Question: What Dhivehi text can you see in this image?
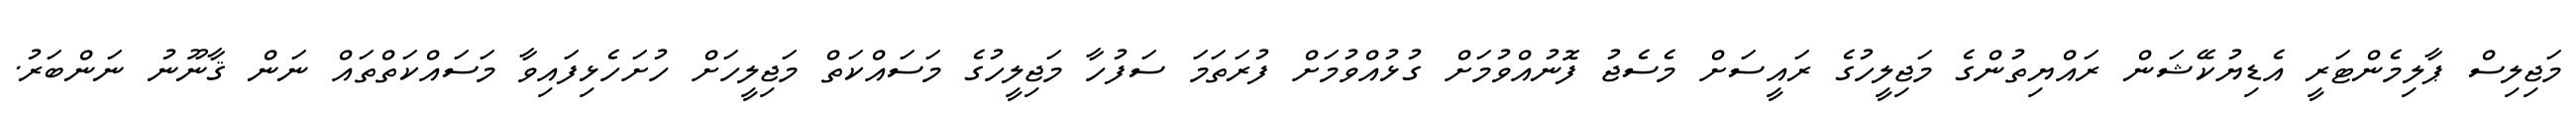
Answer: މަޖިލިސް ޕާލިމެންޓަރީ އެޑިޔުކޭޝަން ރައްޔިތުންގެ މަޖިލީހުގެ ރައީސަށް މެސެޖު ފޮނުއްވުމަށް ގުޅުއްވުމަށް ފުރަތަމަ ސަފުހާ މަޖިލީހުގެ މަސައްކަތް މަޖިލީހަށް ހުށަހެޅިފައިވާ މަސައްކަތްތައް ނަން ޤާނޫނު ނަންބަރު.